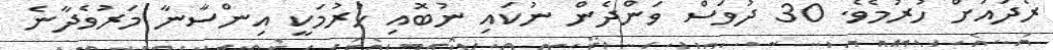
ރޯދައަށް ހުރުމެވެ. 30 ދުވަސް ވަންދެން ނުކައި ނުބޮއި ހުރުމަކީ އިންސާނާ މަރުވެދާނެ